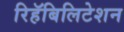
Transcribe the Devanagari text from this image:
रिहॅबिलिटेशन